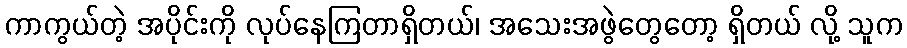
ကာကွယ်တဲ့ အပိုင်းကို လုပ်နေကြတာရှိတယ်၊ အသေးအဖွဲတွေတော့ ရှိတယ် လို့ သူက